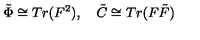
\tilde { \Phi } \cong T r ( F ^ { 2 } ) , \quad \tilde { C } \cong T r ( F \tilde { F } )